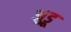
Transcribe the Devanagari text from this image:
अुडू